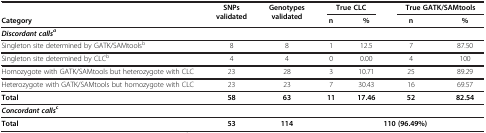
<table><thead><tr><td><b> </b></td><td><b>SNPs validated</b></td><td><b>Genotypes validated</b></td><td colspan="2"><b>True CLC</b></td><td colspan="2"><b>True GATK/SAMtools</b></td></tr><tr><td><b>Category</b></td><td><b> </b></td><td><b> </b></td><td><b>n</b></td><td><b>%</b></td><td><b>n</b></td><td><b>%</b></td></tr></thead><tbody><tr><td><b><i>Discordant calls</i></b><sup><b><i>a</i></b></sup></td><td> </td><td> </td><td> </td><td> </td><td> </td><td> </td></tr><tr><td>Singleton site determined by GATK/SAMtools<sup>b</sup></td><td>8</td><td>8</td><td>1</td><td>12.5</td><td>7</td><td>87.50</td></tr><tr><td>Singleton site determined by CLC<sup>b</sup></td><td>4</td><td>4</td><td>0</td><td>0.00</td><td>4</td><td>100</td></tr><tr><td>Homozygote with GATK/SAMtools but heterozygote with CLC</td><td>23</td><td>28</td><td>3</td><td>10.71</td><td>25</td><td>89.29</td></tr><tr><td>Heterozygote with GATK/SAMtools but homozygote with CLC</td><td>23</td><td>23</td><td>7</td><td>30.43</td><td>16</td><td>69.57</td></tr><tr><td><b>Total</b></td><td><b>58</b></td><td><b>63</b></td><td><b>11</b></td><td><b>17.46</b></td><td><b>52</b></td><td><b>82.54</b></td></tr><tr><td><b><i>Concordant calls</i></b><sup><b>c</b></sup></td><td> </td><td> </td><td> </td><td> </td><td> </td><td> </td></tr><tr><td><b>Total</b></td><td><b>53</b></td><td><b>114</b></td><td colspan="4"><b>110 (96.49%)</b></td></tr></tbody></table>